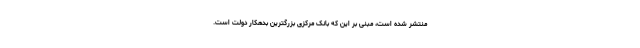
منتشر شده است، مبنی بر این که بانک مرکزی بزرگترین بدهکار دولت است.